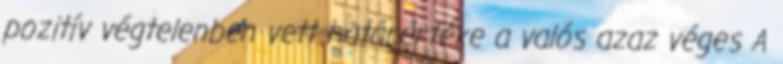
pozitív végtelenben vett határértéke a valós azaz véges A